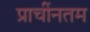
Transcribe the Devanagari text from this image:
प्राचींनतम